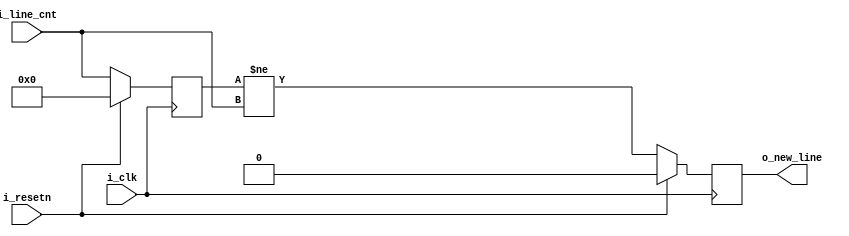
`timescale 1ns / 1ps


module GCBP_LINE_DETECT(
    input   i_clk,
    input   i_resetn,
    input [9:0]  i_line_cnt,

    output  o_new_line
    );

    /***********************************************************
    *
    *  PARAM declarations
    *
    ***********************************************************/

    /***********************************************************
    *
    *  REG and WIRE declarations
    *
    ***********************************************************/
    //Previous cycle's line count
    reg [9:0]               r_prev_line_cnt;
    reg                     r_new_line;

    /***********************************************************
    *
    *  ASSIGNMENTS
    *
    ***********************************************************/
    //Output new frame status
    assign o_new_line = r_new_line;


    /***********************************************************
    *
    *  Combinational Logic
    *
    ***********************************************************/


    /***********************************************************
    *
    *  Clocked (Sequential) Logic
    *
    ***********************************************************/

    //Store the current line count for comparison on the next cycle
    always@(posedge i_clk)
    begin
        if(i_resetn)
            r_prev_line_cnt <= 0;
        else
            r_prev_line_cnt <= i_line_cnt;
    end

    //180 degree phase shift to negedge of clk
    always@(negedge i_clk)
    begin
        if(i_resetn)
            r_new_line <= 0;
        else
            r_new_line <= (r_prev_line_cnt != i_line_cnt);
    end

endmodule